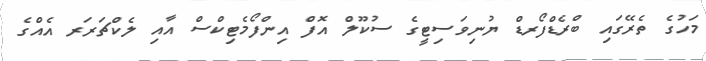
މަހުގެ ތެރޭގައި ބްރެޑްފޯރޑް ޔުނިވަސިޓީގެ ސުކޫލް އޮފް އިންފޯމެޓިކްސް އާއި ލެކްޗަރަރ އެއްގެ